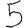
Digit: 5